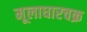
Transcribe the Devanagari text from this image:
मूलाधारचक्र